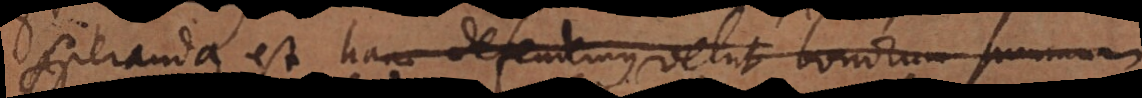
speranda est, hanc defendemus velut bonorum summum